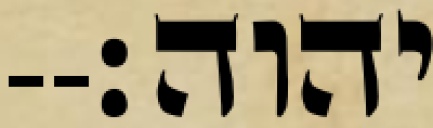
יהוה׃--